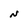
Character: N